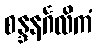
စန္ဒနင်္ဂလိကံ